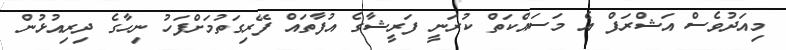
މިއަދުވެސް އަޝްރަފް އެ މަސައްކަތް ކުރަނީ ފަރީޝާގެ އުފާތައް ފޭރިގަތުމަށްފަހު ނިހާގެ ދިރިއުޅުން